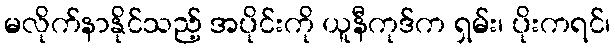
မလိုက်နာနိုင်သည့် အပိုင်းကို ယူနီကုဒ်က ရှမ်း၊ ပိုးကရင်၊